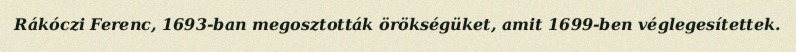
Rákóczi Ferenc, 1693-ban megosztották örökségüket, amit 1699-ben véglegesítettek.